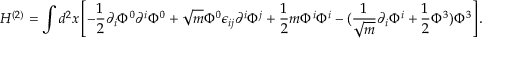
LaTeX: H ^ { ( 2 ) } = \int d ^ { 2 } x \left[ - \frac { 1 } { 2 } \partial _ { i } \Phi ^ { 0 } \partial ^ { i } \Phi ^ { 0 } + \sqrt { m } \Phi ^ { 0 } \epsilon _ { i j } \partial ^ { i } \Phi ^ { j } + \frac { 1 } { 2 } m \Phi ^ { i } \Phi ^ { i } - ( \frac { 1 } { \sqrt { m } } \partial _ { i } \Phi ^ { i } + \frac { 1 } { 2 } \Phi ^ { 3 } ) \Phi ^ { 3 } \right] .